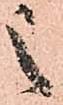
之